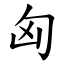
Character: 匈